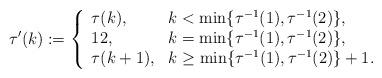
LaTeX: \begin{align*}\tau'(k):=\left\{ \begin{array}{ll}\tau(k), & k< \min\{\tau^{-1}(1),\tau^{-1}(2)\}, \\12, & k =\min\{\tau^{-1}(1),\tau^{-1}(2)\},\\\tau(k+1), & k \geq \min\{\tau^{-1}(1),\tau^{-1}(2)\}+1.\end{array}\right.\end{align*}